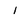
Character: l